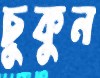
চুকুন